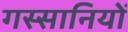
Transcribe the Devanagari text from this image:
गस्सानियों